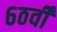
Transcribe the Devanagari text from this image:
६ठवीँ